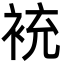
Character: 䘪